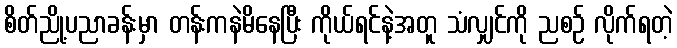
စိတ်ညို့ပညာခန်းမှာ တန်းကနဲမိနေပြီး ကိုယ်ရင်နဲ့အတူ သံလျှင်ကို ညစဉ် လိုက်ရတဲ့